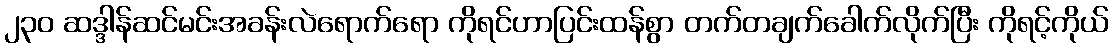
၂၃၀ ဆဒ္ဒါန်ဆင်မင်းအခန်းလဲရောက်ရော ကိုရင်ဟာပြင်းထန်စွာ တက်တချက်ခေါက်လိုက်ပြီး ကိုရင့်ကိုယ်